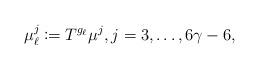
LaTeX: \begin{align*}\mu_{\ell}^j\coloneqq T^{g_{\ell}}\mu^j, j=3,\ldots,6\gamma-6,\end{align*}